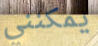
يمكنني